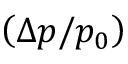
\left( \Delta p / p _ { 0 } \right)